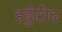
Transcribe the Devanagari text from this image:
हड्डीरीढ़